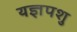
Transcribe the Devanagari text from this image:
यज्ञपशु